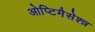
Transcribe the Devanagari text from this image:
ओप्टिमैसेश्न्न